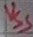
Text: VSS